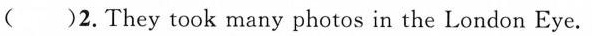
( )2.They took many photos in the London Eye.